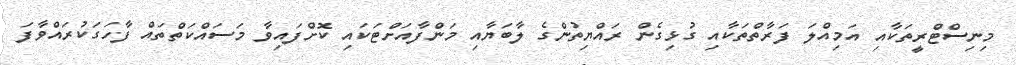
މިނިސްޓްރީތަކާއި އަމިއްލަ ފަރާތްތަކާއި ގުޅިގެން ރައްޔިތުންގެ ލާބަޔާއި މަންފާއަށްޓަކައި ކޮށްފައިވާ މަސައްކަތްތައް ފާހަގަކުރައްވާފަ